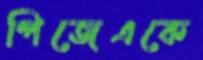
পিজেএকে